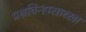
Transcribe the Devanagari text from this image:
प्रश्नचिन्हासारखा